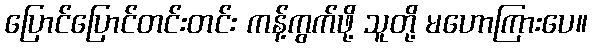
ပြောင်ပြောင်တင်းတင်း ကန့်ကွက်ဖို့ သူတို့ မဟောကြားပေ။